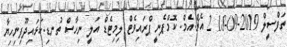
ތަފްސީލް 2019-09-18 2 އެޗް.އެމް. ކޮމްޕެނީ ޕްރައިވެޓް ލިމިޓެޑް އަލީ ނިހާސް ތުނޑި.ކަޅައިދޫފިނިހިޔާ